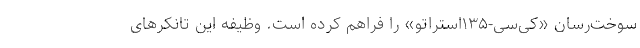
سوخت‌رسان «کی‌سی-۱۳۵استراتو» را فراهم کرده است. وظیفه این تانکرهای